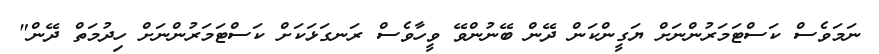
ނަމަވެސް ކަސްޓަމަރުންނަށް ޔަގީންކަން ދޭން ބޭނުންވޭ ވީހާވެސް ރަނގަޅަކަށް ކަސްޓަމަރުންނަށް ހިދުމަތް ދޭން"